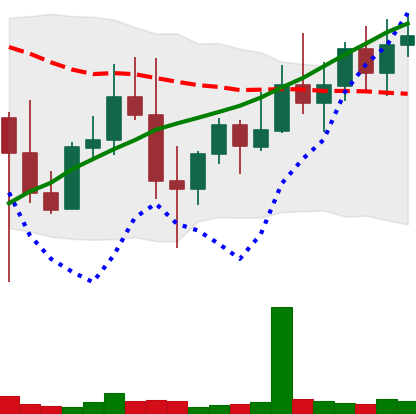
Ticker: XMR-USD
Chart end date: 2022-11-01
Forward return: 3.509%
Label: up_3_5